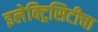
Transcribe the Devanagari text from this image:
इलेक्ट्रिसिटीचा